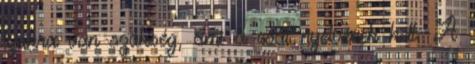
lyukra van szükség, ami a csat nyelvének kell. A